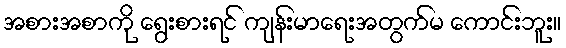
အစားအစာကို ရွေးစားရင် ကျန်းမာရေးအတွက်မ ကောင်းဘူး။